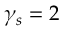
\gamma _ { s } = 2